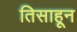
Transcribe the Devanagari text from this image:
तिसाहून